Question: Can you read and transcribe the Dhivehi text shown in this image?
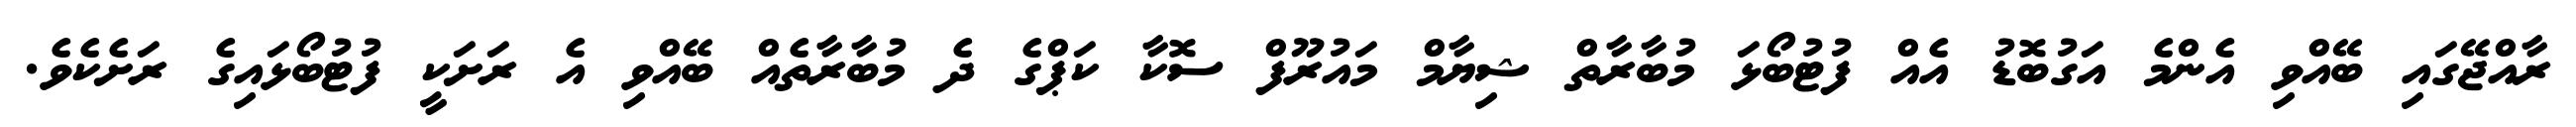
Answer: ރާއްޖޭގައި ބޭއްވި އެންމެ އަގުބޮޑު އެއް ފުޓުބޯޅަ މުބާރާތް ޝިޔާމް މައުރޫފް ސޮކާ ކަޕްގެ ދެ މުބާރާތެއް ބޭއްވި އެ ރަށަކީ ފުޓުބޯޅައިގެ ރަށެކެވެ.